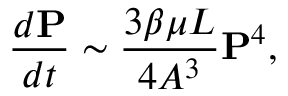
\frac { d \mathbf { P } } { d t } \sim \frac { 3 \beta \mu L } { 4 A ^ { 3 } } \mathbf { P } ^ { 4 } ,